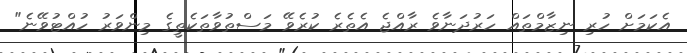
އެކަމަށް ހުރި ނިޒާމްތައް ހަރުދަނާވެ ރާއްޖެ އެތެރެ ކުރެވޭ މަސްތުވާތަކެތީގެ މިންވަރު ހުއްޓުވޭނެ"